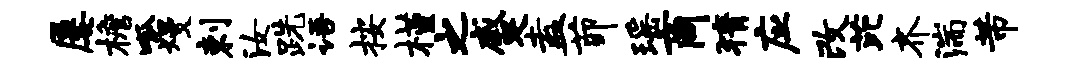
屡檐呱熳剌汝跣语按槿之蹙盍茆瑶商猜应改芘齐湍芾